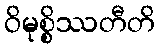
ဝိမုစ္စိဿတီတိ